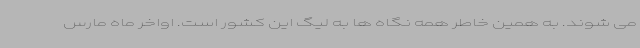
می شوند. به همین خاطر همه نگاه ها به لیگ این کشور است. اواخر ماه مارس